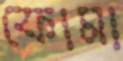
ফোমা